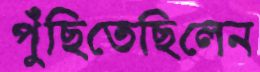
পুঁছিতেছিলেন